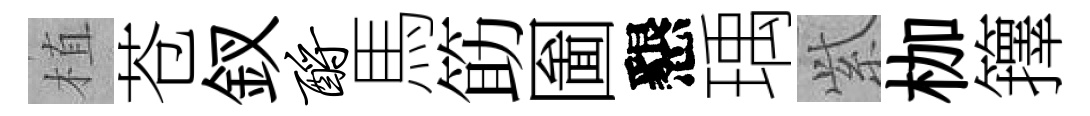
植苍釵酹馬筯圗懇瑀𬗋枷籜